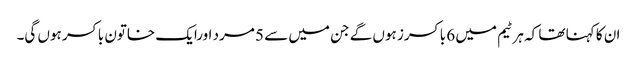
ان کا کہنا تھا کہ ہر ٹیم میں 6 باکسرز ہوں گے جن میں سے 5 مرد اورایک خاتون باکسر ہوں گی۔